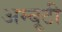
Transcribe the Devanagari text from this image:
अम्बूटी